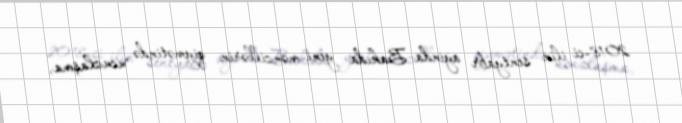
2018-ci ilin sentyabr ayında Bakıda yeni mənzillərin qiymətində ucuzlaşma,